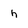
Character: h